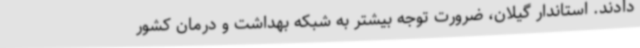
دادند. استاندار گیلان، ضرورت توجه بیشتر به شبکه بهداشت و درمان کشور